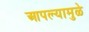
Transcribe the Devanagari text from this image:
आपल्यामुळे